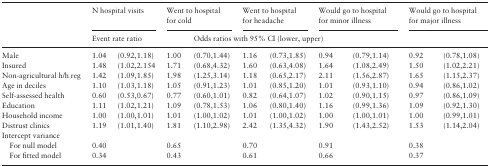
<table><thead><tr><td></td><td colspan="2"><b>N hospital visits</b></td><td colspan="2"><b>Went to hospital for cold</b></td><td colspan="2"><b>Went to hospital for headache</b></td><td colspan="2"><b>Would go to hospital for minor illness</b></td><td colspan="2"><b>Would go to hospital for major illness</b></td></tr><tr><td></td><td colspan="3"><b>Event rate ratio</b></td><td colspan="7"><b>Odds ratios with 95% CI (lower, upper)</b></td></tr></thead><tbody><tr><td>Male</td><td>1.04</td><td>(0.92,1.18)</td><td>1.00</td><td>(0.70,1.44)</td><td>1.16</td><td>(0.73,1.85)</td><td>0.94</td><td>(0.79,1.14)</td><td>0.92</td><td>(0.78,1.08)</td></tr><tr><td>Insured</td><td>1.48</td><td>(1.02,2.154</td><td>1.71</td><td>(0.68,4.32)</td><td>1.60</td><td>(0.63,4.08)</td><td>1.64</td><td>(1.08,2.49)</td><td>1.50</td><td>(1.02,2.21)</td></tr><tr><td>Non-agricultural h/h reg</td><td>1.42</td><td>(1.09,1.85)</td><td>1.98</td><td>(1.25,3.14)</td><td>1.18</td><td>(0.65,2.17)</td><td>2.11</td><td>(1.56,2.87)</td><td>1.65</td><td>(1.15,2.37)</td></tr><tr><td>Age in deciles</td><td>1.10</td><td>(1.03,1.18)</td><td>1.05</td><td>(0.91,1.23)</td><td>1.01</td><td>(0.85,1.20)</td><td>1.01</td><td>(0.93,1.10)</td><td>0.94</td><td>(0.86,1.02)</td></tr><tr><td>Self-assessed health</td><td>0.60</td><td>(0.53,0.67)</td><td>0.77</td><td>(0.60,1.01)</td><td>0.82</td><td>(0.64,1.07)</td><td>1.02</td><td>(0.90,1.15)</td><td>0.97</td><td>(0.86,1.09)</td></tr><tr><td>Education</td><td>1.11</td><td>(1.02,1.21)</td><td>1.09</td><td>(0.78,1.53)</td><td>1.06</td><td>(0.80,1.40)</td><td>1.16</td><td>(0.99,1.36)</td><td>1.09</td><td>(0.92,1.30)</td></tr><tr><td>Household income</td><td>1.00</td><td>(1.00,1.01)</td><td>1.01</td><td>(1.00,1.02)</td><td>1.01</td><td>(1.00,1.02)</td><td>1.00</td><td>(1.00,1.01)</td><td>1.00</td><td>(0.99,1.01)</td></tr><tr><td>Distrust clinics</td><td>1.19</td><td>(1.01,1.40)</td><td>1.81</td><td>(1.10,2.98)</td><td>2.42</td><td>(1.35,4.32)</td><td>1.90</td><td>(1.43,2.52)</td><td>1.53</td><td>(1.14,2.04)</td></tr><tr><td>Intercept variance</td><td></td><td></td><td></td><td></td><td></td><td></td><td></td><td></td><td></td><td></td></tr><tr><td> For null model</td><td>0.40</td><td></td><td>0.65</td><td></td><td>0.70</td><td></td><td>0.91</td><td></td><td>0.38</td><td></td></tr><tr><td> For fitted model</td><td>0.34</td><td></td><td>0.43</td><td></td><td>0.61</td><td></td><td>0.66</td><td></td><td>0.37</td><td></td></tr></tbody></table>